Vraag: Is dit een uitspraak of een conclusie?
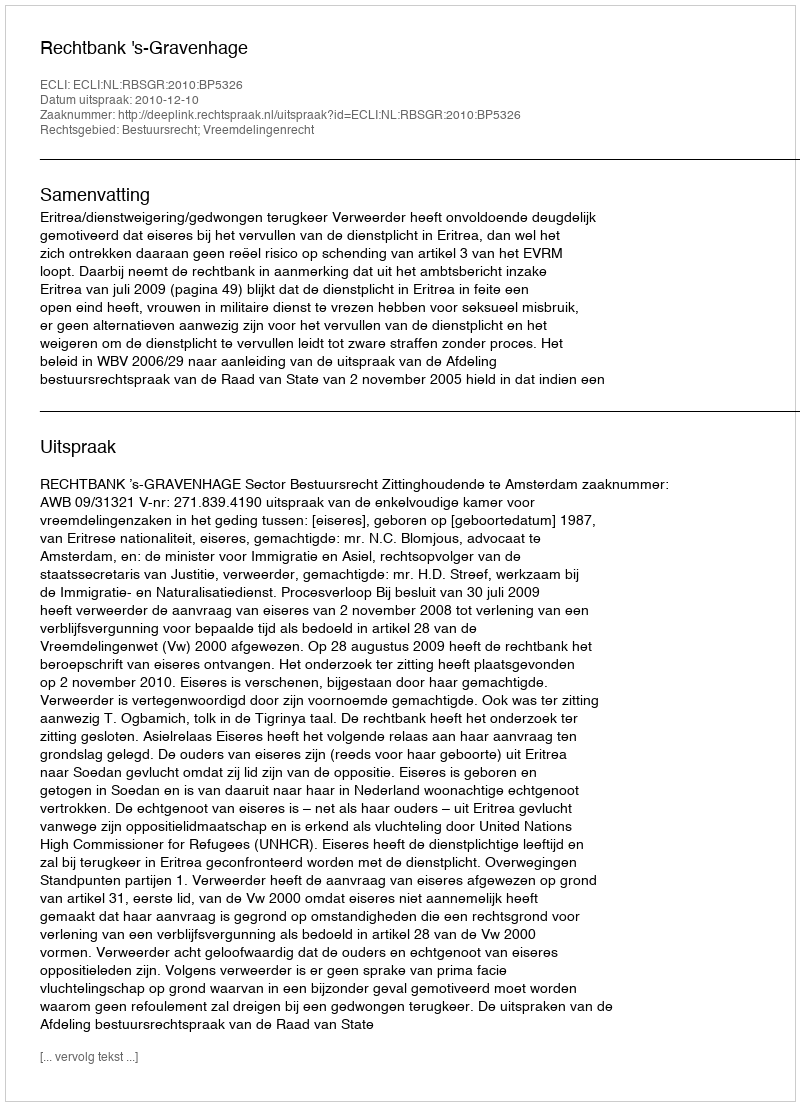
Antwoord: Uitspraak